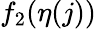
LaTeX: f_{2}(\eta(j))